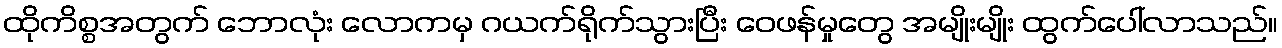
ထိုကိစ္စအတွက် ဘောလုံး လောကမှ ဂယက်ရိုက်သွားပြီး ဝေဖန်မှုတွေ အမျိုးမျိုး ထွက်ပေါ်လာသည်။